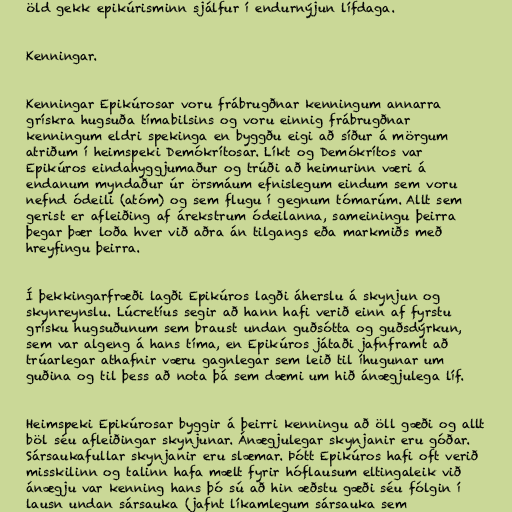
öld gekk epikúrisminn sjálfur í endurnýjun lífdaga.

Kenningar.

Kenningar Epikúrosar voru frábrugðnar kenningum annarra
grískra hugsuða tímabilsins og voru einnig frábrugðnar
kenningum eldri spekinga en byggðu eigi að síður á mörgum
atriðum í heimspeki Demókrítosar. Líkt og Demókrítos var
Epikúros eindahyggjumaður og trúði að heimurinn væri á
endanum myndaður úr örsmáum efnislegum eindum sem voru
nefnd ódeili (atóm) og sem flugu í gegnum tómarúm. Allt sem
gerist er afleiðing af árekstrum ódeilanna, sameiningu þeirra
þegar þær loða hver við aðra án tilgangs eða markmiðs með
hreyfingu þeirra.

Í þekkingarfræði lagði Epikúros lagði áherslu á skynjun og
skynreynslu. Lúcretíus segir að hann hafi verið einn af fyrstu
grísku hugsuðunum sem braust undan guðsótta og guðsdýrkun,
sem var algeng á hans tíma, en Epikúros játaði jafnframt að
trúarlegar athafnir væru gagnlegar sem leið til íhugunar um
guðina og til þess að nota þá sem dæmi um hið ánægjulega líf.

Heimspeki Epikúrosar byggir á þeirri kenningu að öll gæði og allt
böl séu afleiðingar skynjunar. Ánægjulegar skynjanir eru góðar.
Sársaukafullar skynjanir eru slæmar. Þótt Epikúros hafi oft verið
misskilinn og talinn hafa mælt fyrir hóflausum eltingaleik við
ánægju var kenning hans þó sú að hin æðstu gæði séu fólgin í
lausn undan sársauka (jafnt líkamlegum sársauka sem